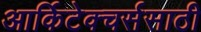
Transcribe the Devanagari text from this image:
आर्किटेक्चर्ससाठी